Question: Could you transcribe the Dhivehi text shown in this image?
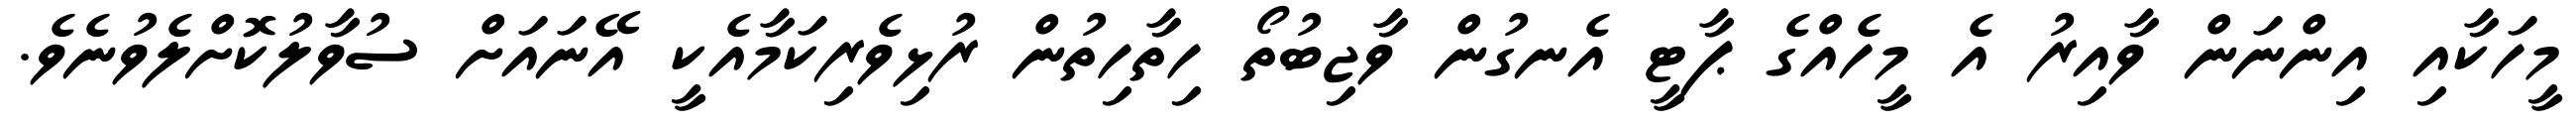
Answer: މީހަކާއި އިންނަން ވާއިރު އެ މީހެއްގެ ޕާޓީ އެނގުން ވާޖިބުތޯ ހިތާހިތުން ރުޅިވެރިކަމާއެކީ އޭނައަށް ސުވާލުކޮށްލެވުނެވެ.